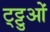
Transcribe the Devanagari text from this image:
ट्ट्टुओं